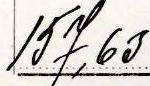
157,63